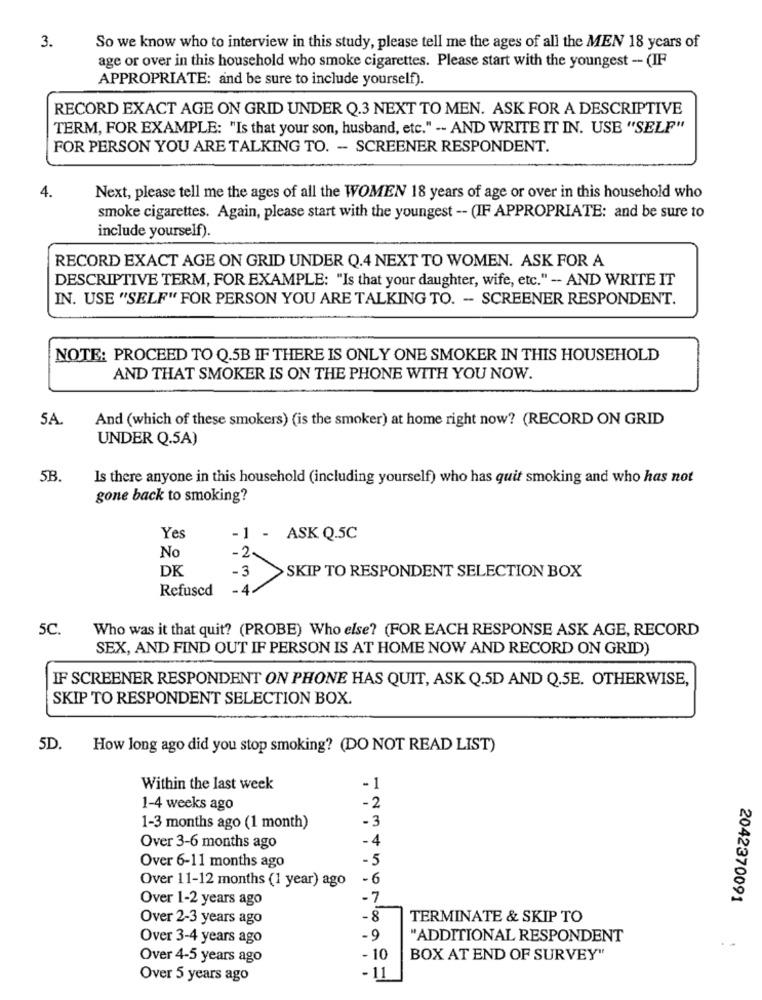
3.
So we know who to interview in this study, please tell me the ages of all the MEN 18 years of
age or over in this household who smoke cigarettes. Please start with the youngest - (IF
APPROPRIATE: and be sure to include yourself).
RECORD EXACT AGE ON GRID UNDER Q.3 NEXT TO MEN. ASK FOR A DESCRIPTIVE
TERM, FOR EXAMPLE: "Is that your son, husband, etc." -- AND WRITE IT IN. USB "SELF"
FOR PERSON YOU ARE TALKING TO. - SCREENER RESPONDENT.
4.
Next, please tell me the ages of all the WOMEN 18 years of age or over in this household who
smoke cigarettes. Again, please start with the youngest -- (IF APPROPRIATE: and be sure to
include yourself).
RECORD EXACT AGE ON GRID UNDER Q.4 NEXT TO WOMEN. ASK FOR A
DESCRIPTIVE TERM, FOR EXAMPLE: "Is that your daughter, wife, etc." -- AND WRITE IT
IN. USE "SELF" FOR PERSON YOU ARE TALKING TO. - SCREENER RESPONDENT.
NOTE: PROCEED TO Q.5B IF THERE IS ONLY ONE SMOKER IN THIS HOUSEHOLD
AND THAT SMOKER IS ON THE PHONE WITH YOU NOW.
5A.
And (which of these smokers) (is the smoker) at home right now? (RECORD ON GRID
UNDER Q.5A)
5B.
Is there anyone in this household (including yourself) who has quit smoking and who has not
gone back to smoking?
Yes
-1 - ASK Q.5C
No
.2
DK
-3
SKIP TO RESPONDENT SELECTION BOX
Refused
5C.
Who was it that quit? (PROBE) Who else? (FOR EACH RESPONSE ASK AGE, RECORD
SEX, AND FIND OUT IF PERSON IS AT HOME NOW AND RECORD ON GRID)
IF SCREENER RESPONDENT ON PHONE HAS QUIT, ASK Q.5D AND Q.5E. OTHERWISE,
SKIP TO RESPONDENT SELECTION BOX.
5D.
How long ago did you stop smoking? (DO NOT READ LIST)
Within the last week
- 1
1-4 weeks ago
-2
1-3 months ago (1 month)
-3
Over 3-6 months ago
-4
Over 6-11 months ago
-5
-6
Over 11-12 months (1 year) ago
Over 1-2 years ago
-7
2042370091
Over 2-3 years ago
-8
TERMINATE & SKIP TO
Over 3-4 years ago
-9
"ADDITIONAL RESPONDENT
Over 4-5 years ago
- 10
BOX AT END OF SURVEY"
Over 5 years ago
-11